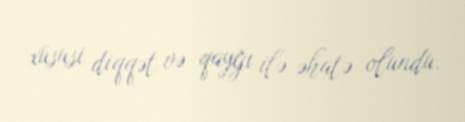
xüsusi diqqət və qayğı ilə əhatə olundu.